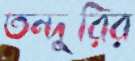
তন্দুরির